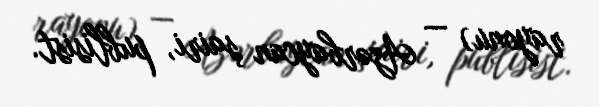
rayonu) — Azərbaycan şairi, publisist.